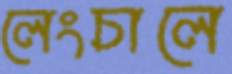
লেংচালে